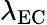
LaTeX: \lambda_{\mathrm{EC}}